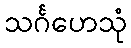
သင်္ဂဟေသုံ